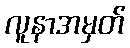
လူနာအမှတ်